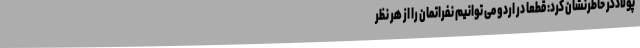
پولادگر خاطرنشان کرد: قطعا در اردو می توانیم نفراتمان را از هر نظر